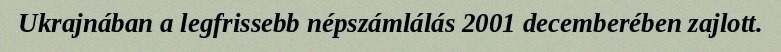
Ukrajnában a legfrissebb népszámlálás 2001 decemberében zajlott.